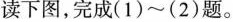
读下图，完成( 1 ) ~ ( 2 )题。